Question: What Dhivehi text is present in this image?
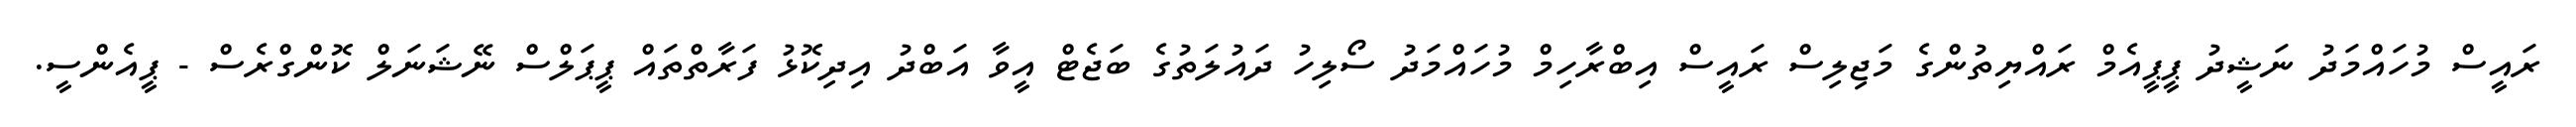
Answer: ރައީސް މުހައްމަދު ނަޝީދު ޕީޕީއެމް ރައްޔިތުންގެ މަޖިލިސް ރައީސް އިބްރާހިމް މުހައްމަދު ސޯލިހު ދައުލަތުގެ ބަޖެޓް އީވާ އަބްދު އިދިކޮޅު ފަރާތްތައް ޕީޕަލްސް ނޭޝަނަލް ކޮންގްރެސް - ޕީއެންސީ.